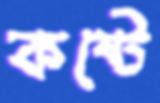
কষ্টে